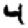
Digit: 4